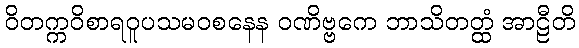
ဝိတက္ကဝိစာရဝူပသမဝစနေန ဝဏိဗ္ဗကေ ဘာသိတတ္ထံ အာဠီတိ